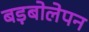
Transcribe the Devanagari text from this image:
बड़बोलेपन